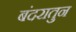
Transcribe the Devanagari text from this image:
बंदरातुन